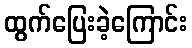
ထွက်ပြေးခဲ့ကြောင်း